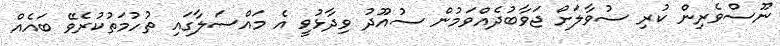
ނޫސްވެރިން ކުރި ސުވާލަށް ޖަވާބުދެއްވަމުން ސުއޫދު ވިދާޅުވީ އެ މައްސަލާގައި ތުހުމަތުކުރެވޭ ބައެއް